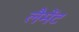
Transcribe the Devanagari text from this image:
लैमेंट